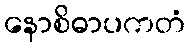
နောစိဓာပကတံ